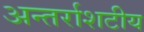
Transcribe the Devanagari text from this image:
अन्तर्राशटीय